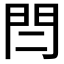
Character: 𨳎